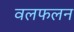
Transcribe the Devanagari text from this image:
वलफलन